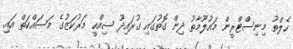
ހެލްތު މިނިސްޓްރީން މައުލޫމާތު ދިން ގޮތުގައި ގުރައިދޫ ސިއްހީ މަރުކަޒުގެ މަސައްކަތް އައި.